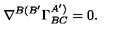
\nabla ^ { B ( B ^ { \prime } } \Gamma _ { B C } ^ { A ^ { \prime } ) } = 0 .